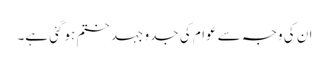
ان کی وجہ سے عوام کی جدو جہد ختم ہوگئی ہے۔